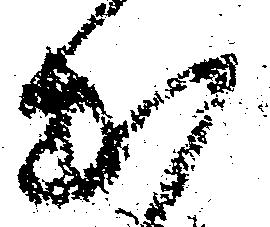
出